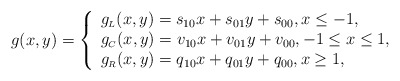
\begin{align*}g(x,y)=\left\{\begin{array}{ll}g_{\scriptscriptstyle L}(x,y)=s_{10}x+s_{01}y+s_{00}, x\leq -1, \\g_{\scriptscriptstyle C}(x,y)=v_{10}x+v_{01}y+v_{00}, -1\leq x\leq 1, \\g_{\scriptscriptstyle R}(x,y)=q_{10}x+q_{01}y+q_{00}, x \geq 1, \\\end{array}\right.\end{align*}